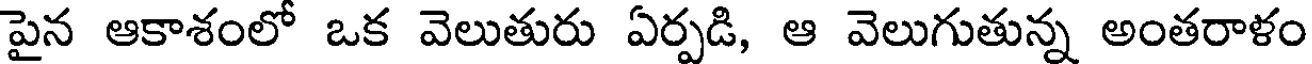
పైన ఆకాశంలో ఒక వెలుతురు ఏర్పడి, ఆ వెలుగుతున్న అంతరాళం